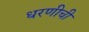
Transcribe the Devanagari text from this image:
धरणीची